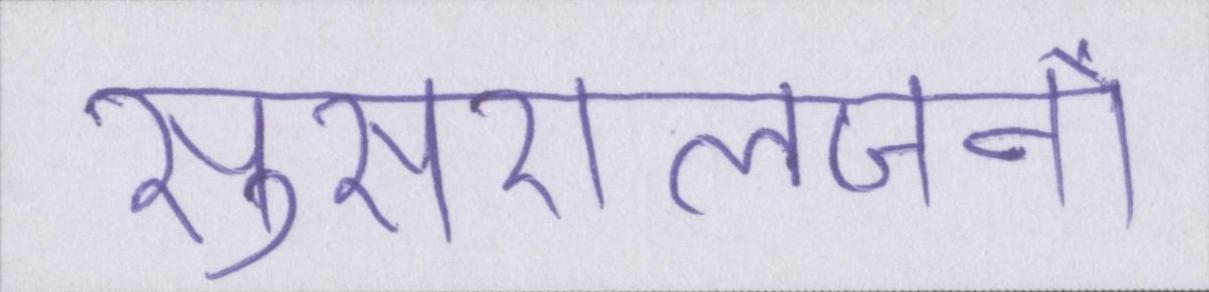
सुसरालजनों